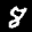
Label: 8